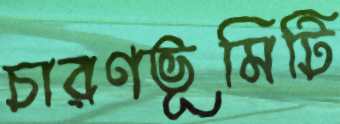
চারণভূমিটি